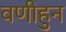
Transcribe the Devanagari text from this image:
वणीहुन